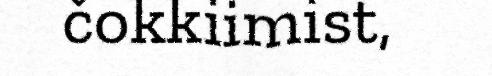
čokkiimist,